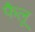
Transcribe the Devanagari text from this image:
फैलू